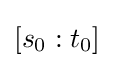
[s_{0}:t_{0}]